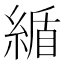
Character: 䋸